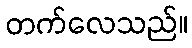
တက်လေသည်။